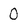
Character: 0